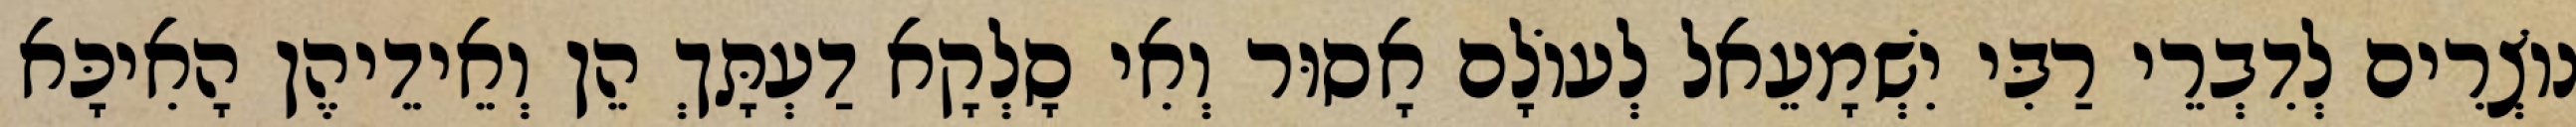
נוֹצְרִים לְדִבְרֵי רַבִּי יִשְׁמָעֵאל לְעוֹלָם אָסוּר וְאִי סָלְקָא דַעְתָּךְ הֵן וְאֵידֵיהֶן הָאִיכָּא